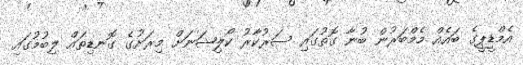
އެމްޑީޕީގެ ބައެއް މެމްބަރުން ބުނާ ގޮތުގައި ސަރުކާރު ކޯލިޝަނަށް މިރަށުގެ ގޮނޑިތައް ލިބުމުގައި